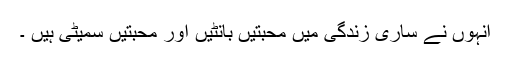
انہوں نے ساری زندگی میں محبتیں بانٹیں اور محبتیں سمیٹی ہیں ۔